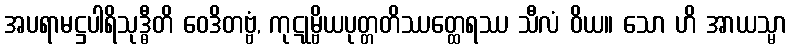
အပရာမဋ္ဌပါရိသုဒ္ဓီတိ ဝေဒိတဗ္ဗံ, ကုဋုမ္ဗိယပုတ္တတိဿတ္ထေရဿ သီလံ ဝိယ။ သော ဟိ အာယသ္မာ